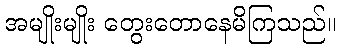
အမျိုးမျိုး တွေးတောနေမိကြသည်။